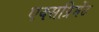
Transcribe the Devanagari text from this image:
एक्सप्रिमेंट